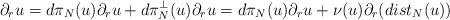
LaTeX: \begin{align*} \partial_ru=d\pi_N(u)\partial_ru+d\pi_N^{\perp}(u)\partial_ru =d\pi_N(u)\partial_ru+\nu(u)\partial_r(dist_N(u))\end{align*}